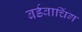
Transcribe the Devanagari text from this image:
बर्डवाचिंग